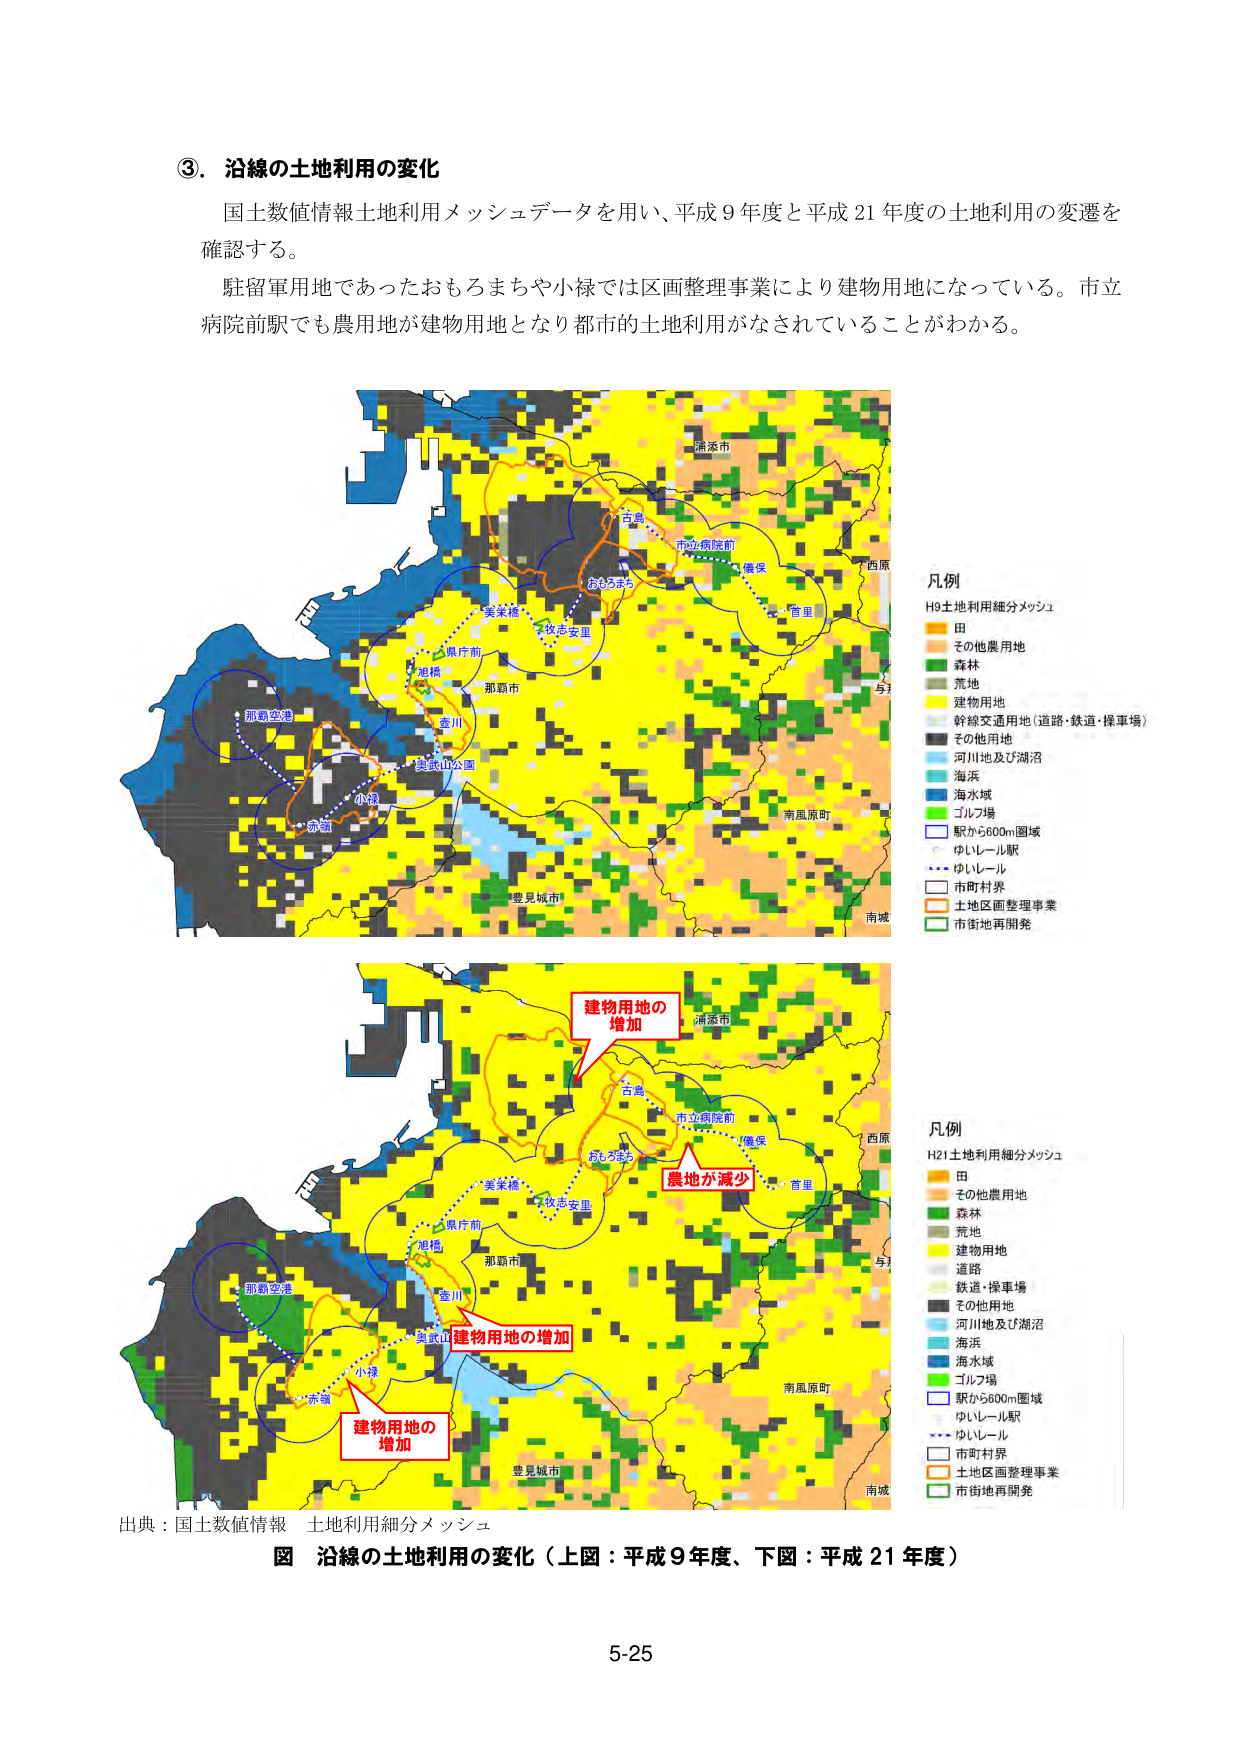
③．沿線の土地利用の変化
国土数値情報土地利用メッシュデータを用い、平成９年度と平成21年度の土地利用の変遷を確認する。
駐留軍用地であったおもろまちや小禄では区画整理事業により建物用地になっている。市立病院前駅でも農用地が建物用地となり都市的土地利用がなされていることがわかる。

凡例
H9土地利用細分メッシュ
■ 田
■ その他農用地
■ 森林
■ 荒地
■ 建物用地
■ 幹線交通用地（道路・鉄道・操車場）
■ その他用地
■ 河川地及び湖沼
■ 海浜
■ 海水域
■ ゴルフ場
■ 駅から600m圏域
■ ゆいレール駅
■ ゆいレール
■ 市町村界
■ 土地区画整理事業
■ 市街地再開発

凡例
H21土地利用細分メッシュ
■ 田
■ その他農用地
■ 森林
■ 荒地
■ 建物用地
■ 道路
■ 鉄道・操車場
■ その他用地
■ 河川地及び湖沼
■ 海浜
■ 海水域
■ ゴルフ場
■ 駅から600m圏域
■ ゆいレール駅
■ ゆいレール
■ 市町村界
■ 土地区画整理事業
■ 市街地再開発

建物用地の増加
農地が減少
建物用地の増加
建物用地の増加

出典：国土数値情報 土地利用細分メッシュ
図 沿線の土地利用の変化（上図：平成９年度、下図：平成21年度）
5-25

浦添市
古島
市立病院前
美栄橋
牧志安里
おもろまち
首里
西原
与那原
南風原町
南城
那覇空港
赤嶺
小禄
港橋
県庁前
那覇市
金川
美浜山公園
豊見城市

浦添市
古島
市立病院前
美栄橋
牧志安里
おもろまち
首里
西原
与那原
南風原町
南城
那覇空港
赤嶺
小禄
港橋
県庁前
那覇市
金川
美浜山公園
豊見城市